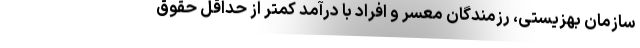
سازمان بهزیستی، رزمندگان معسر و افراد با درآمد کمتر از حداقل حقوق